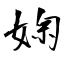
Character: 婅